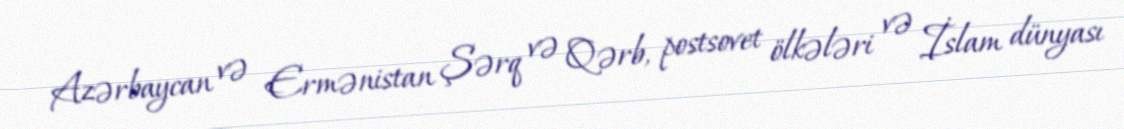
Azərbaycan və Ermənistan Şərq və Qərb, postsovet ölkələri və İslam dünyası